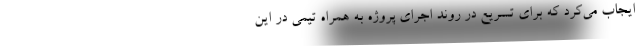
ایجاب می‌کرد که برای تسریع در روند اجرای پروژه به همراه تیمی در این